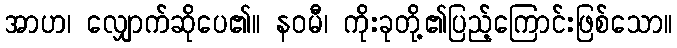
အာဟ၊ လျှောက်ဆိုပေ၏။ နဝမီ၊ ကိုးခုတို့၏ပြည့်ကြောင်းဖြစ်သော။